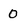
Character: 0